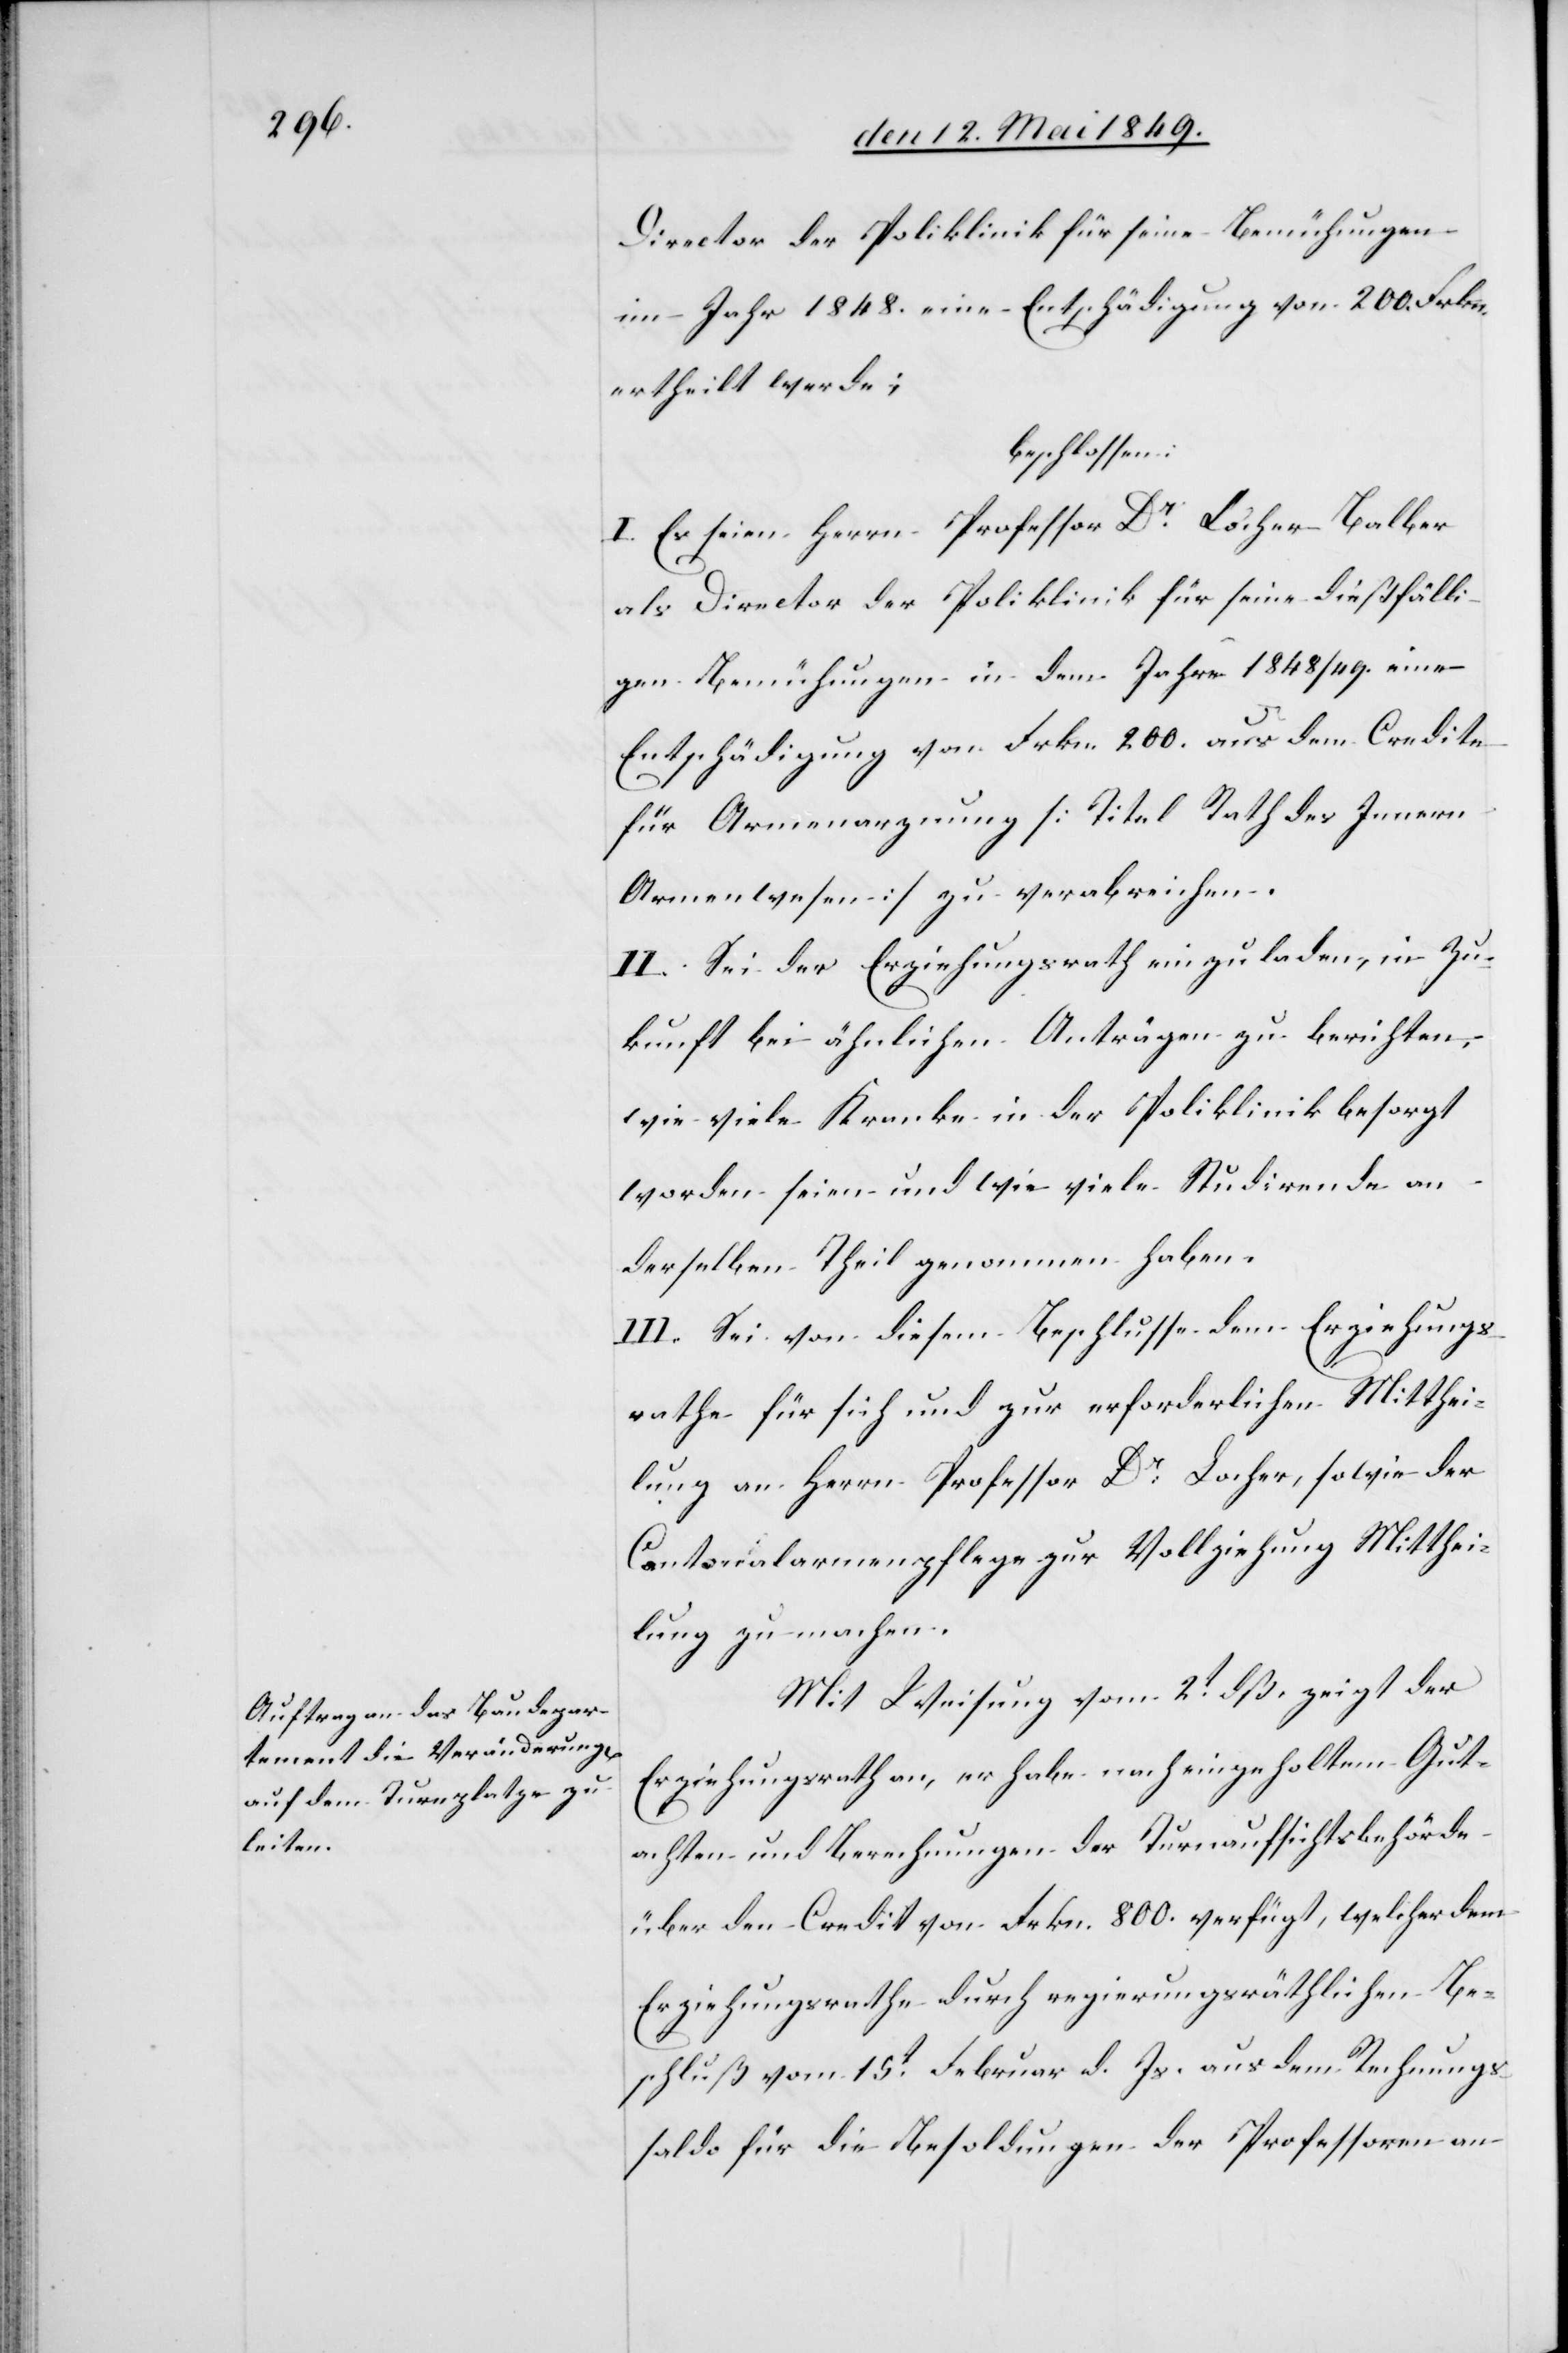
Director der Poliklinik für seine Bemühungen
im Jahr 1848. eine Entschädigung von 200. Frkn.
ertheilt werde;
beschlossen:
I. Es seien Herrn Professor Dr Locher-Balber
als Director der Poliklinik für seine dießfälli¬
gen Bemühungen in dem Jahre 1848/49. eine
Entschädigung von Frkn. 200. aus dem Credite
für Armenarznung [Titel Rath des Innern
Armenwesen] zu verabreichen.
II. Sei der Erziehungsrath einzuladen, in Zu¬
kunft bei ähnlichen Anträgen zu berichten,
wie viele Kranke in der Poliklinik besorgt
worden seien und wie viele Studirende an
derselben Theil genommen haben.
III. Sei von diesem Beschlusse dem Erziehungs¬
rathe für sich und zur erforderlichen Mitthei¬
lung an Herrn Professor Dr Locher, sowie der
Cantonalarmenpflege zur Vollziehung Mitthei¬
lung zu machen.
Mit Weisung vom 2t dß. zeigt der
Erziehungsrath an, er habe nach eingeholtem Gut¬
achten und Berechnungen der Turnaufsichtsbehörde
über den Credit von Frkn. 800. verfügt, welcher dem
Erziehungsrathe durch regierungsräthlichen Be¬
schluß vom 15t Februar d. Js. aus dem Rechnungs¬
saldo für die Besoldungen der Professoren an